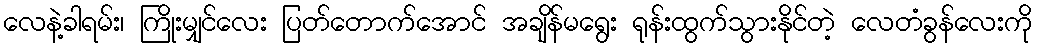
လေနဲ့ခါရမ်း၊ ကြိုးမျှင်လေး ပြတ်တောက်အောင် အချိန်မရွေး ရုန်းထွက်သွားနိုင်တဲ့ လေတံခွန်လေးကို